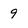
Character: 9